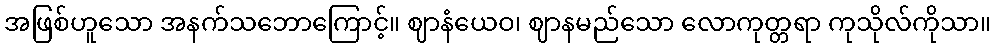
အဖြစ်ဟူသော အနက်သဘောကြောင့်။ ဈာနံယေဝ၊ ဈာနမည်သော လောကုတ္တရာ ကုသိုလ်ကိုသာ။